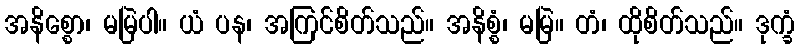
အနိစ္စော၊ မမြဲပါ။ ယံ ပန၊ အကြင်စိတ်သည်။ အနိစ္စံ၊ မမြဲ။ တံ၊ ထိုစိတ်သည်။ ဒုက္ခံ